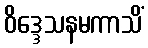
ဝိဒ္ဒေသနမကာသိံ